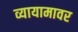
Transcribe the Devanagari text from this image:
व्यायामावर